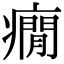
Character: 癇